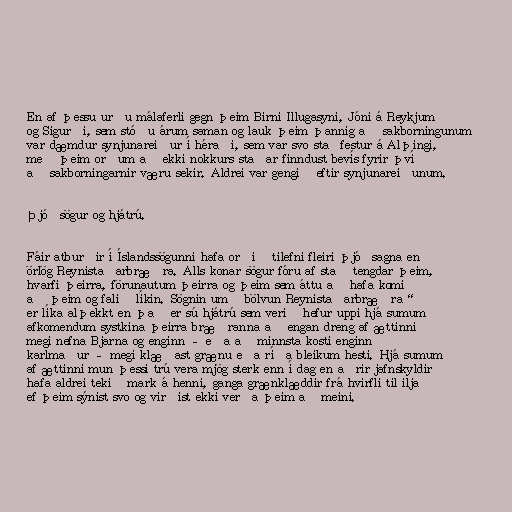
En af þessu urðu málaferli gegn þeim Birni Illugasyni, Jóni á Reykjum
og Sigurði, sem stóðu árum saman og lauk þeim þannig að sakborningunum
var dæmdur synjunareiður í héraði, sem var svo staðfestur á Alþingi,
með þeim orðum að ekki nokkurs staðar finndust bevís fyrir því
að sakborningarnir væru sekir. Aldrei var gengið eftir synjunareiðunum.

Þjóðsögur og hjátrú.

Fáir atburðir í Íslandssögunni hafa orðið tilefni fleiri þjóðsagna en
örlög Reynistaðarbræðra. Alls konar sögur fóru af stað tengdar þeim,
hvarfi þeirra, förunautum þeirra og þeim sem áttu að hafa komið
að þeim og falið líkin. Sögnin um „bölvun Reynistaðarbræðra“
er líka alþekkt en það er sú hjátrú sem verið hefur uppi hjá sumum
afkomendum systkina þeirra bræðranna að engan dreng af ættinni
megi nefna Bjarna og enginn – eða að minnsta kosti enginn
karlmaður – megi klæðast grænu eða ríða bleikum hesti. Hjá sumum
af ættinni mun þessi trú vera mjög sterk enn í dag en aðrir jafnskyldir
hafa aldrei tekið mark á henni, ganga grænklæddir frá hvirfli til ilja
ef þeim sýnist svo og virðist ekki verða þeim að meini.